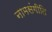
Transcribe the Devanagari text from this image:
नामसंगीति